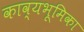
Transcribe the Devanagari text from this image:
काव्यभूमिका